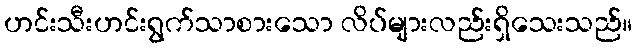
ဟင်းသီးဟင်းရွက်သာစားသော လိပ်များလည်းရှိသေးသည်။